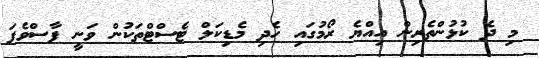
މި ދެ ކުޅުންތެރިން އިއްޔެ ރޯމުގައި ހެދި މެޑިކަލް ޓެސްޓްތަކުން ވަނީ ފާސްވެފަ